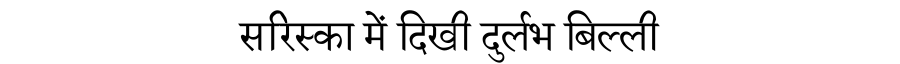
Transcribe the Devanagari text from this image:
सरिस्का में दिखी दुर्लभ बिल्ली